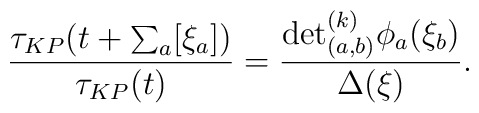
\frac{\tau_{KP}( t + \sum_a[\xi_a])}{\tau_{KP}(t) } =\frac{{\det}^{(k)}_{(a,b)} \phi_a(\xi_b)}{\Delta(\xi)}.